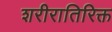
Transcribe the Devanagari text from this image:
शरीरातिरिक्त